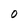
Character: O